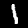
Digit: 1